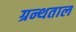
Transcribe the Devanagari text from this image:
ग्रन्थताल